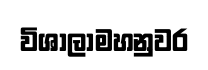
විශාලාමහනුවර